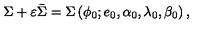
\Sigma + \varepsilon \bar { \Sigma } = \Sigma \left( \phi _ { 0 } ; e _ { 0 } , \alpha _ { 0 } , \lambda _ { 0 } , \beta _ { 0 } \right) ,